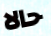
حالا